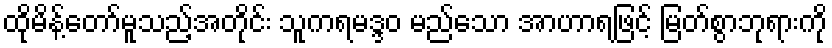
ထိုမိန့်တော်မူသည့်အတိုင်း သူကရမဒ္ဒဝ မည်သော အာဟာရဖြင့် မြတ်စွာဘုရားကို